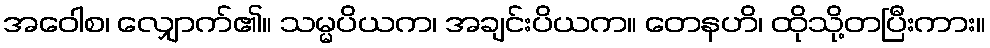
အဝေါစ၊ လျှောက်၏။ သမ္မပိယက၊ အချင်းပိယက။ တေနဟိ၊ ထိုသို့တပြီးကား။